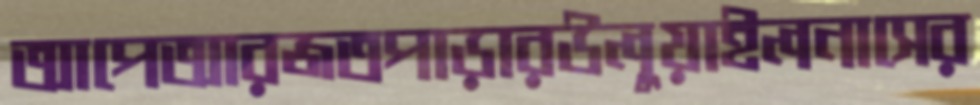
আপেআরজতপাড়ারউলুয়াইলনাসের